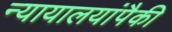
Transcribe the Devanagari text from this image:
न्यायालयांपैकी